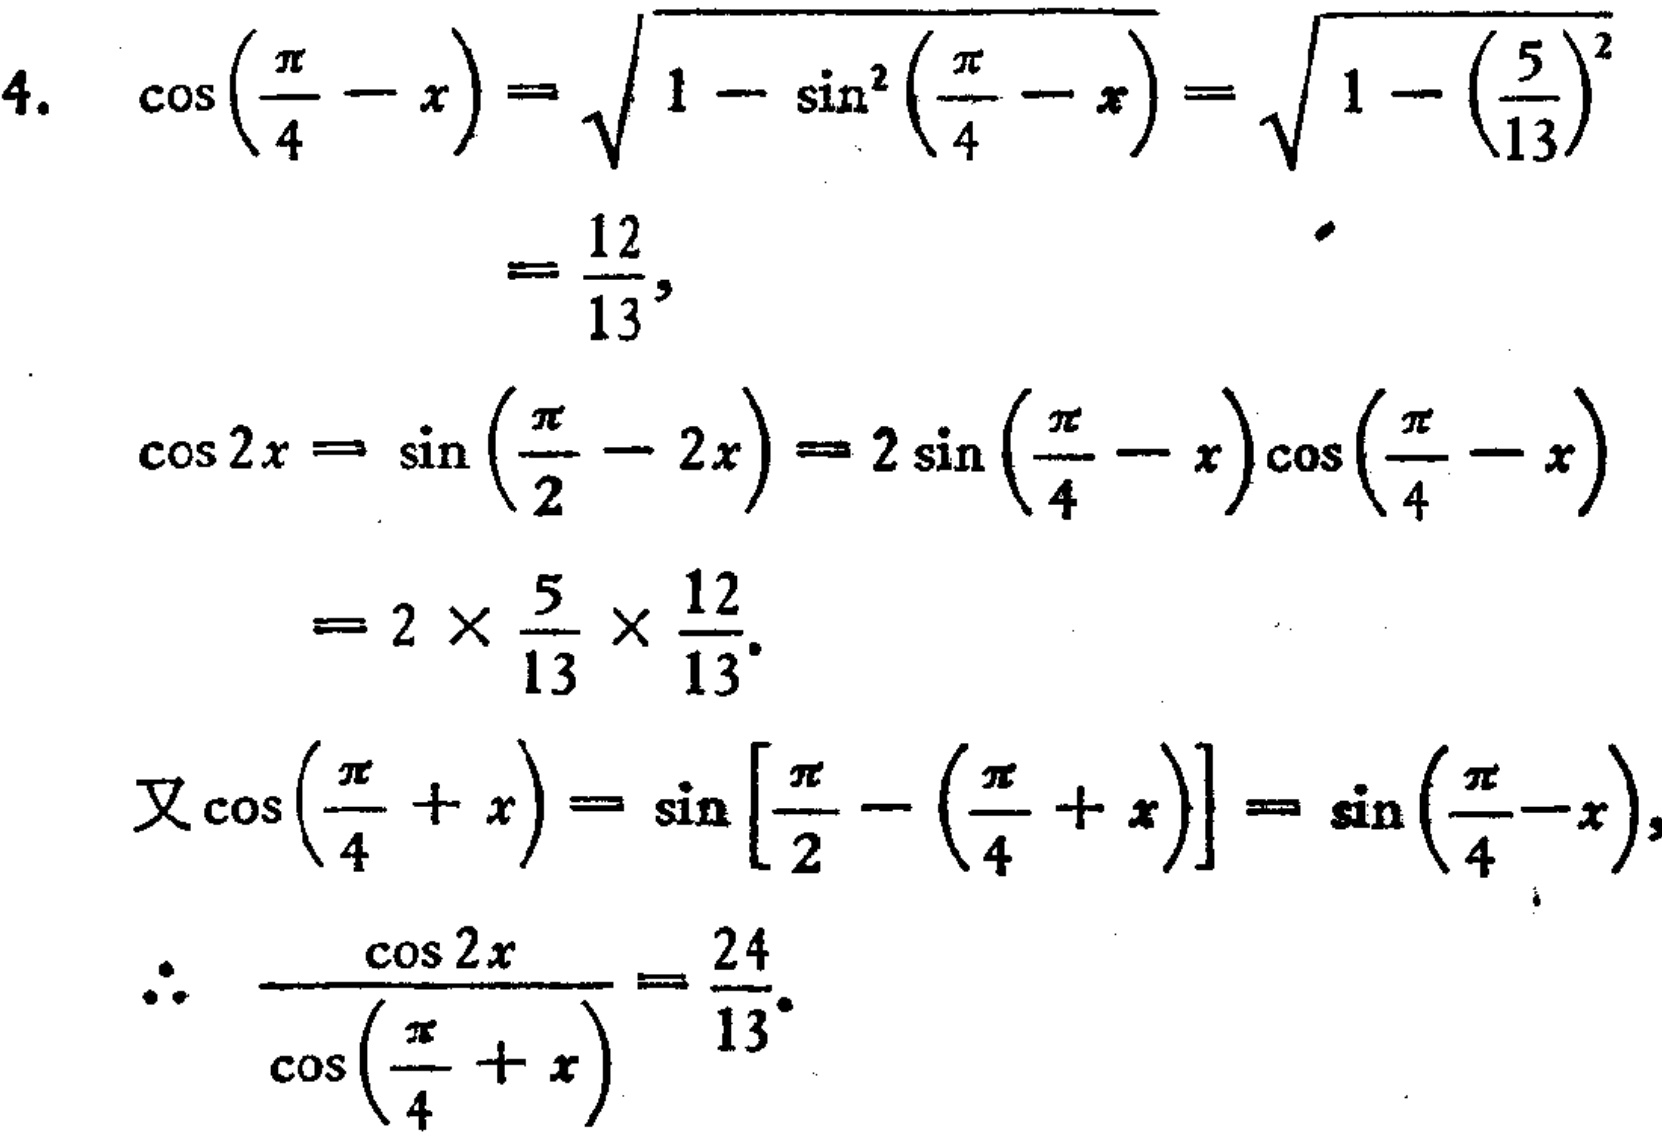
\[
\begin{align*}
4.\ \cos\left(\frac{\pi}{4}-x\right)&=\sqrt{1 - \sin^{2}\left(\frac{\pi}{4}-x\right)}=\sqrt{1-\left(\frac{5}{13}\right)^{2}}\\
&=\frac{12}{13},\\
\cos 2x&=\sin\left(\frac{\pi}{2}-2x\right)=2\sin\left(\frac{\pi}{4}-x\right)\cos\left(\frac{\pi}{4}-x\right)\\
&=2\times\frac{5}{13}\times\frac{12}{13}.\\
\text{又}\cos\left(\frac{\pi}{4}+x\right)&=\sin\left[\frac{\pi}{2}-\left(\frac{\pi}{4}+x\right)\right]=\sin\left(\frac{\pi}{4}-x\right),\\
\therefore\ \frac{\cos 2x}{\cos\left(\frac{\pi}{4}+x\right)}&=\frac{24}{13}.
\end{align*}
\]